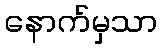
နောက်မှသာ